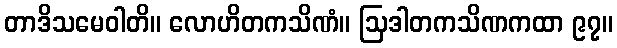
တာဒိသမေဝါတိ။ လောဟိတကသိဏံ။ ဩဒါတကသိဏကထာ ၉၇။